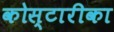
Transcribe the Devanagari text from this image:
कोस्टारीका